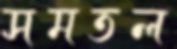
সমতল